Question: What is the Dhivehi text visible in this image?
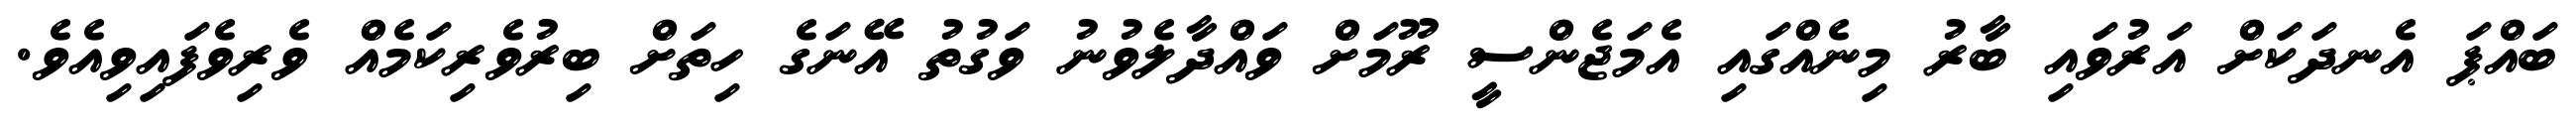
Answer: ބައްޕަ އެނދަކަށް އަރުވައި ބާރު މިނެއްގައި އެމަޖެންސީ ރޫމަށް ވައްދާލެވުނު ވަގުތު އޭނަގެ ހިތަށް ބިރުވެރިކަމެއް ވެރިވެފައިވިއެވެ.